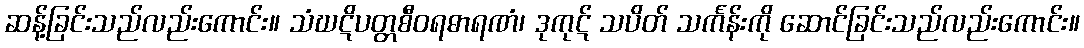
ဆန့်ခြင်းသည်လည်းကောင်း။ သံဃဋိပတ္တစီဝရဓာရဏံ၊ ဒုကုဋ် သပိတ် သင်္ကန်းကို ဆောင်ခြင်းသည်လည်းကောင်း။